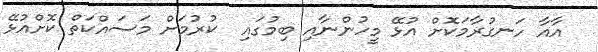
އާއާ ހަނގުރާމަކޮށް އުޅޭ މީހުންނާއި ބިމުގައި  ކުރުމަށް މަސައްކަތް ކޮށްއުޅޭ